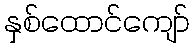
နှစ်ထောင်ကျော်